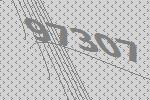
97307